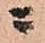
ニ